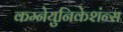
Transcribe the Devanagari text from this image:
कम्नेयुनिकेशंन्स